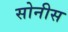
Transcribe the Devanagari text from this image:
सोनीस